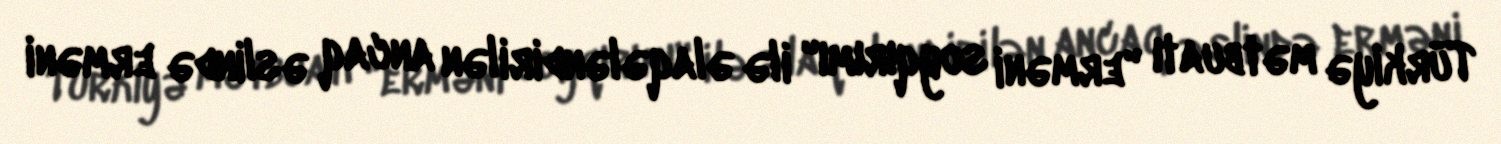
Türkiyə mətbuatı "erməni soyqırımı" ilə əlaqələndirilən ancaq əslində erməni